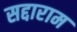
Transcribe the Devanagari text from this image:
सद्दाराम